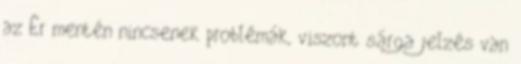
az Ér mentén nincsenek problémák, viszont sárga jelzés van